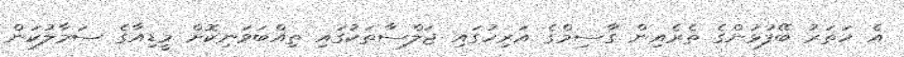
އެ ހަތަރު ބޭފުޅުންގެ ތެރެއިން ގާސިމްގެ އަރިހުގައި ޖަލްސާތަކުގައި ތިއްބަވަނިކޮށް މީޑިއާގެ ސަމާލުކަން